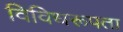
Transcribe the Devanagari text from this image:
विविधरूपता